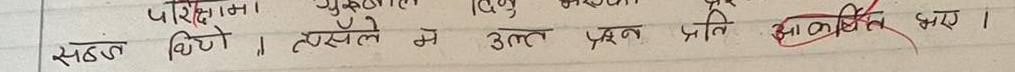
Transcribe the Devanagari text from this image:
सठिलो दिगो । त्यस्तै ती उत्तर प्रश्न प्रति आकर्षित भए।